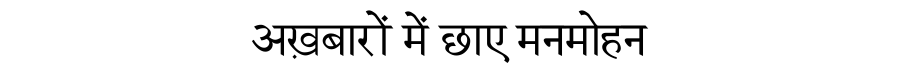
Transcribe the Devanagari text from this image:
अख़बारों में छाए मनमोहन